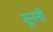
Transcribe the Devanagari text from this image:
सूननी